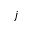
j